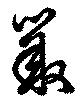
叢